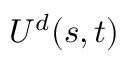
{ U ^ { d } } ( s , t )